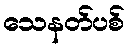
သေနတ်ပစ်